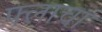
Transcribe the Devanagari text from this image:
फ्लाचा